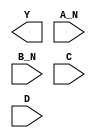
module sky130_fd_sc_ms__nand4bb (
    Y  ,
    A_N,
    B_N,
    C  ,
    D
);

    output Y  ;
    input  A_N;
    input  B_N;
    input  C  ;
    input  D  ;

    // Voltage supply signals
    supply1 VPWR;
    supply0 VGND;
    supply1 VPB ;
    supply0 VNB ;

endmodule